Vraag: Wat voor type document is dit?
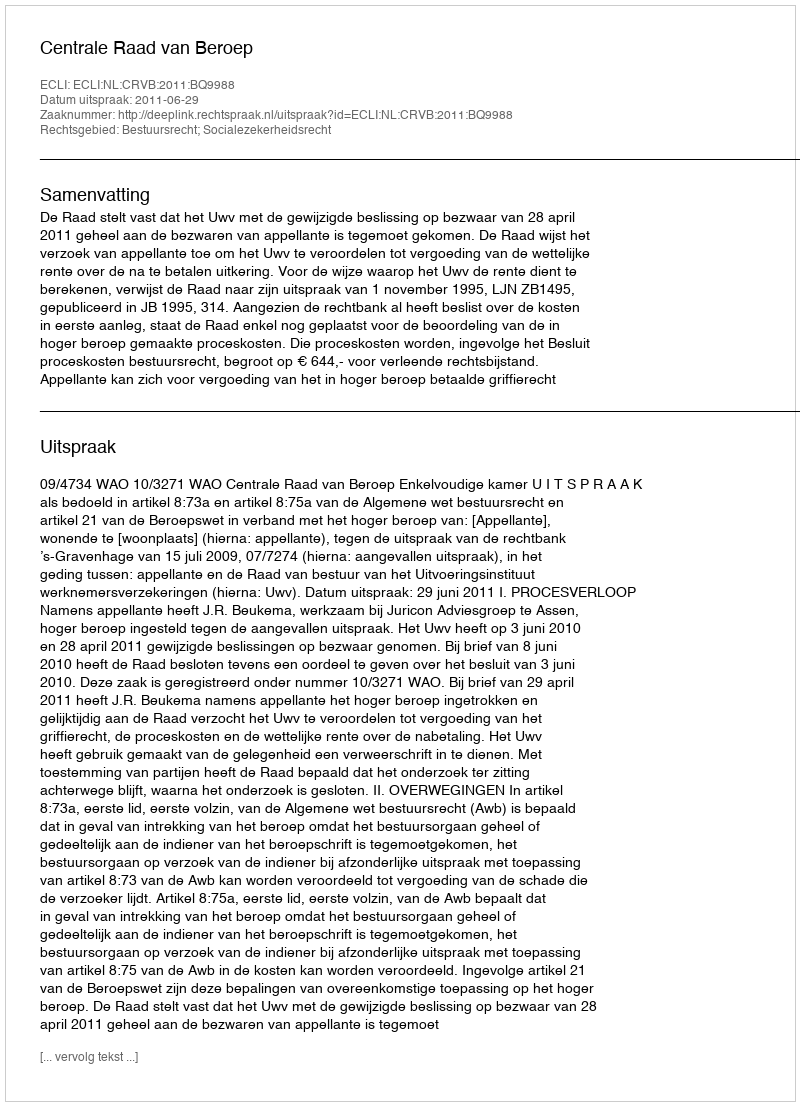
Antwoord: Uitspraak